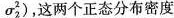
σ^{2}_{2}，这两个正态分布密度